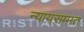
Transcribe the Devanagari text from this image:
न्यायसम्मत